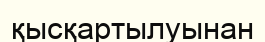
қысқартылуынан